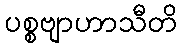
ပစ္စဗျာဟာသီတိ